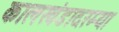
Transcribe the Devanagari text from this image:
कालखंडादरम्या